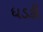
ધડકી